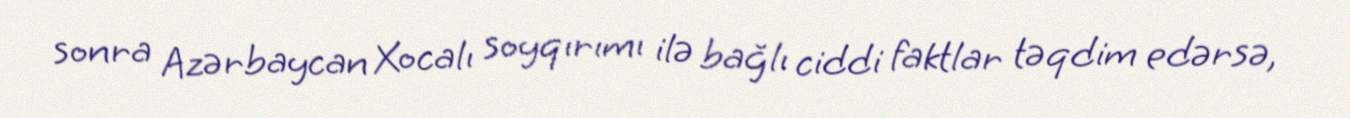
sonra Azərbaycan Xocalı soyqırımı ilə bağlı ciddi faktlar təqdim edərsə,